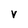
Character: V